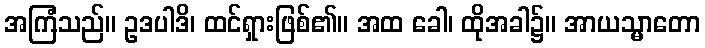
အကြံသည်။ ဥဒပါဒိ၊ ထင်ရှားဖြစ်၏။ အထ ခေါ၊ ထိုအခါ၌။ အာယသ္မာတော